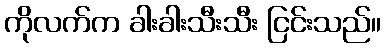
ကိုလက်က ခါးခါးသီးသီး ငြင်းသည်။